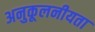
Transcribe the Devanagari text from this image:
अनुकूलनीयता